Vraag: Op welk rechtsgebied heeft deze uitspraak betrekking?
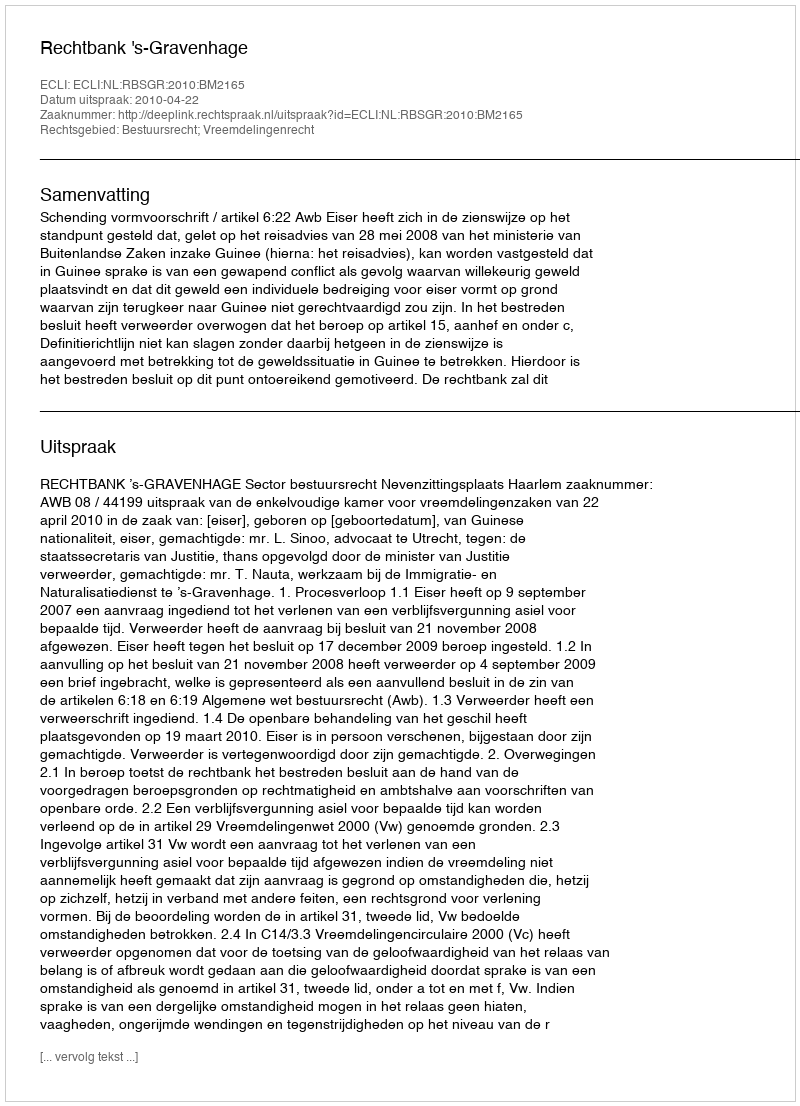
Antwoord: Bestuursrecht; Vreemdelingenrecht